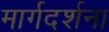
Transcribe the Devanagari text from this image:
मार्गदर्शना